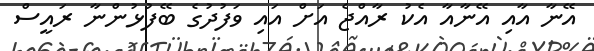
އޭނާ އާއި އޭނާއާ އެކު ރާއްޖެ އަށް އައި ވަފުދުގެ ބޭފުޅުންނާ ރައީސް